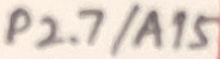
Text: P2.7/A15